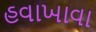
હવાખાવા